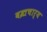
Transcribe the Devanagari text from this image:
बज्रचार्य